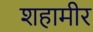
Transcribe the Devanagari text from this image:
शहामीर